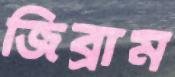
জিব্রাম